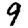
Digit: 9